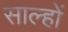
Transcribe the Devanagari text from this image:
साल्हों